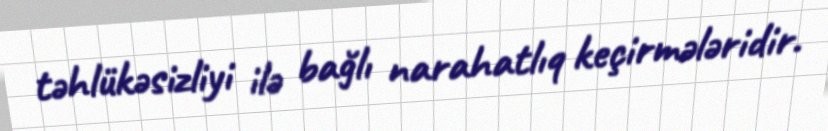
təhlükəsizliyi ilə bağlı narahatlıq keçirmələridir.